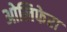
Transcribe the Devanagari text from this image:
ओलिफेरा